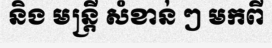
និង មន្ត្រី សំខាន់ ៗ មកពី